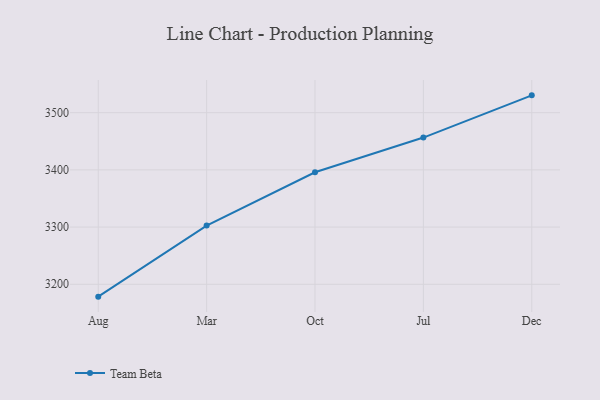
{"axis": {"x": "Month", "y": "Operating Costs (USD K)"}, "legend": ["Team Beta"], "data": [{"x": "Aug", "y": 3178.4, "type": "Team Beta"}, {"x": "Mar", "y": 3302.6, "type": "Team Beta"}, {"x": "Oct", "y": 3395.9, "type": "Team Beta"}, {"x": "Jul", "y": 3456.5, "type": "Team Beta"}, {"x": "Dec", "y": 3530.3, "type": "Team Beta"}]}